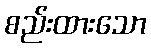
စည်းထားသော